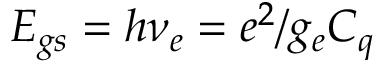
E _ { g s } = h \nu _ { e } = e ^ { 2 } / g _ { e } C _ { q }